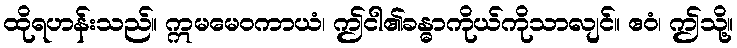
ထိုရဟန်းသည်။ ဣမမေဝကာယံ၊ ဤငါ၏ခန္ဓာကိုယ်ကိုသာလျင်။ ဧဝံ၊ ဤသို့။